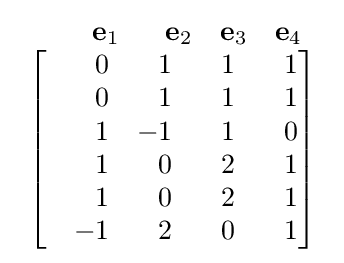
{\begin{array}{l}\qquad \ \mathbf {e} _{1}\quad \ \ \mathbf {e} _{2}\quad \mathbf {e} _{3}\quad \mathbf {e} _{4}\\{\begin{bmatrix}&{\phantom {-}}0&{\phantom {-}}1&{\phantom {-}}1&{\phantom {-}}1\\&{\phantom {-}}0&{\phantom {-}}1&{\phantom {-}}1&{\phantom {-}}1\\&{\phantom {-}}1&-1&{\phantom {-}}1&{\phantom {-}}0\\&{\phantom {-}}1&{\phantom {-}}0&{\phantom {-}}2&{\phantom {-}}1\\&{\phantom {-}}1&{\phantom {-}}0&{\phantom {-}}2&{\phantom {-}}1\\&-1&{\phantom {-}}2&{\phantom {-}}0&{\phantom {-}}1\\\end{bmatrix}}\\\end{array}}